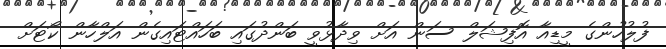
ފުލުހުންގެ މީޑިއާ އޮފިޝަލް ސަން އަށް ވިދާޅުވީ ބަންދުގައި ބަހައްޓައިގެން އަލްހާން ކޯޓަށް